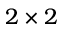
2 \times 2